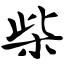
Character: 柴